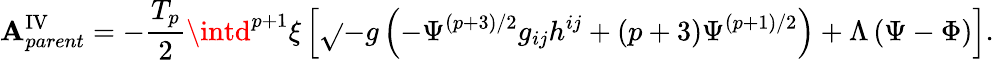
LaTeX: \mathbf{A}_{parent}^{\mathrm{{IV}}}=-\frac{{T_{p}}}{{2}}\intd^{p+1}{\xi}\left[\sqrt{}{{-g}}\left(-{\Psi}^{(p+3)/2}g_{ij}h^{ij}+(p+3){\Psi}^{(p+1)/2}\right)+{\Lambda}\left({\Psi}-{\Phi}\right)\right].